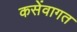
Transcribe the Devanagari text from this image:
कसेंवागत